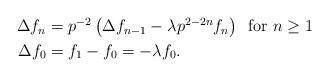
LaTeX: \begin{align*}\begin{aligned}\Delta f_n&=p^{-2}\left(\Delta f_{n-1}-\lambda p^{2-2n}f_n \right)\, \textrm{ for } n \geq 1\\\Delta f_0&=f_1-f_0=-\lambda f_0.\\\end{aligned}\end{align*}